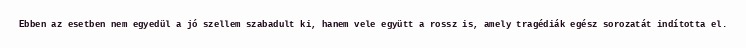
Ebben az esetben nem egyedül a jó szellem szabadult ki, hanem vele együtt a rossz is, amely tragédiák egész sorozatát indította el.